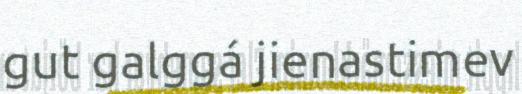
gut galggá jienastimev